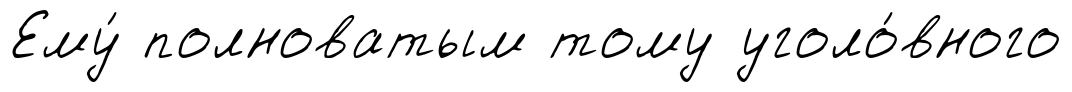
Ему́ полноватым тому уголо́вного